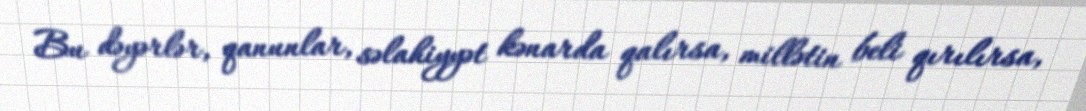
Bu dəyərlər, qanunlar, səlahiyyət kənarda qalırsa, millətin beli qırılırsa,